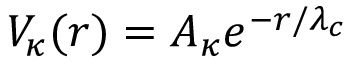
V _ { \kappa } ( r ) = A _ { \kappa } e ^ { - r / \lambda _ { c } }